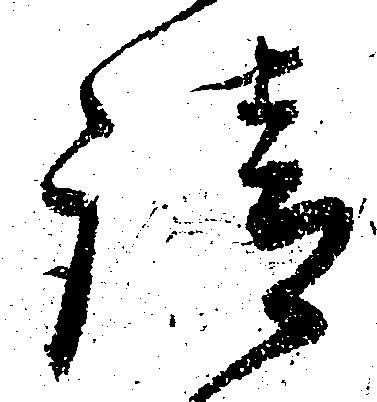
請